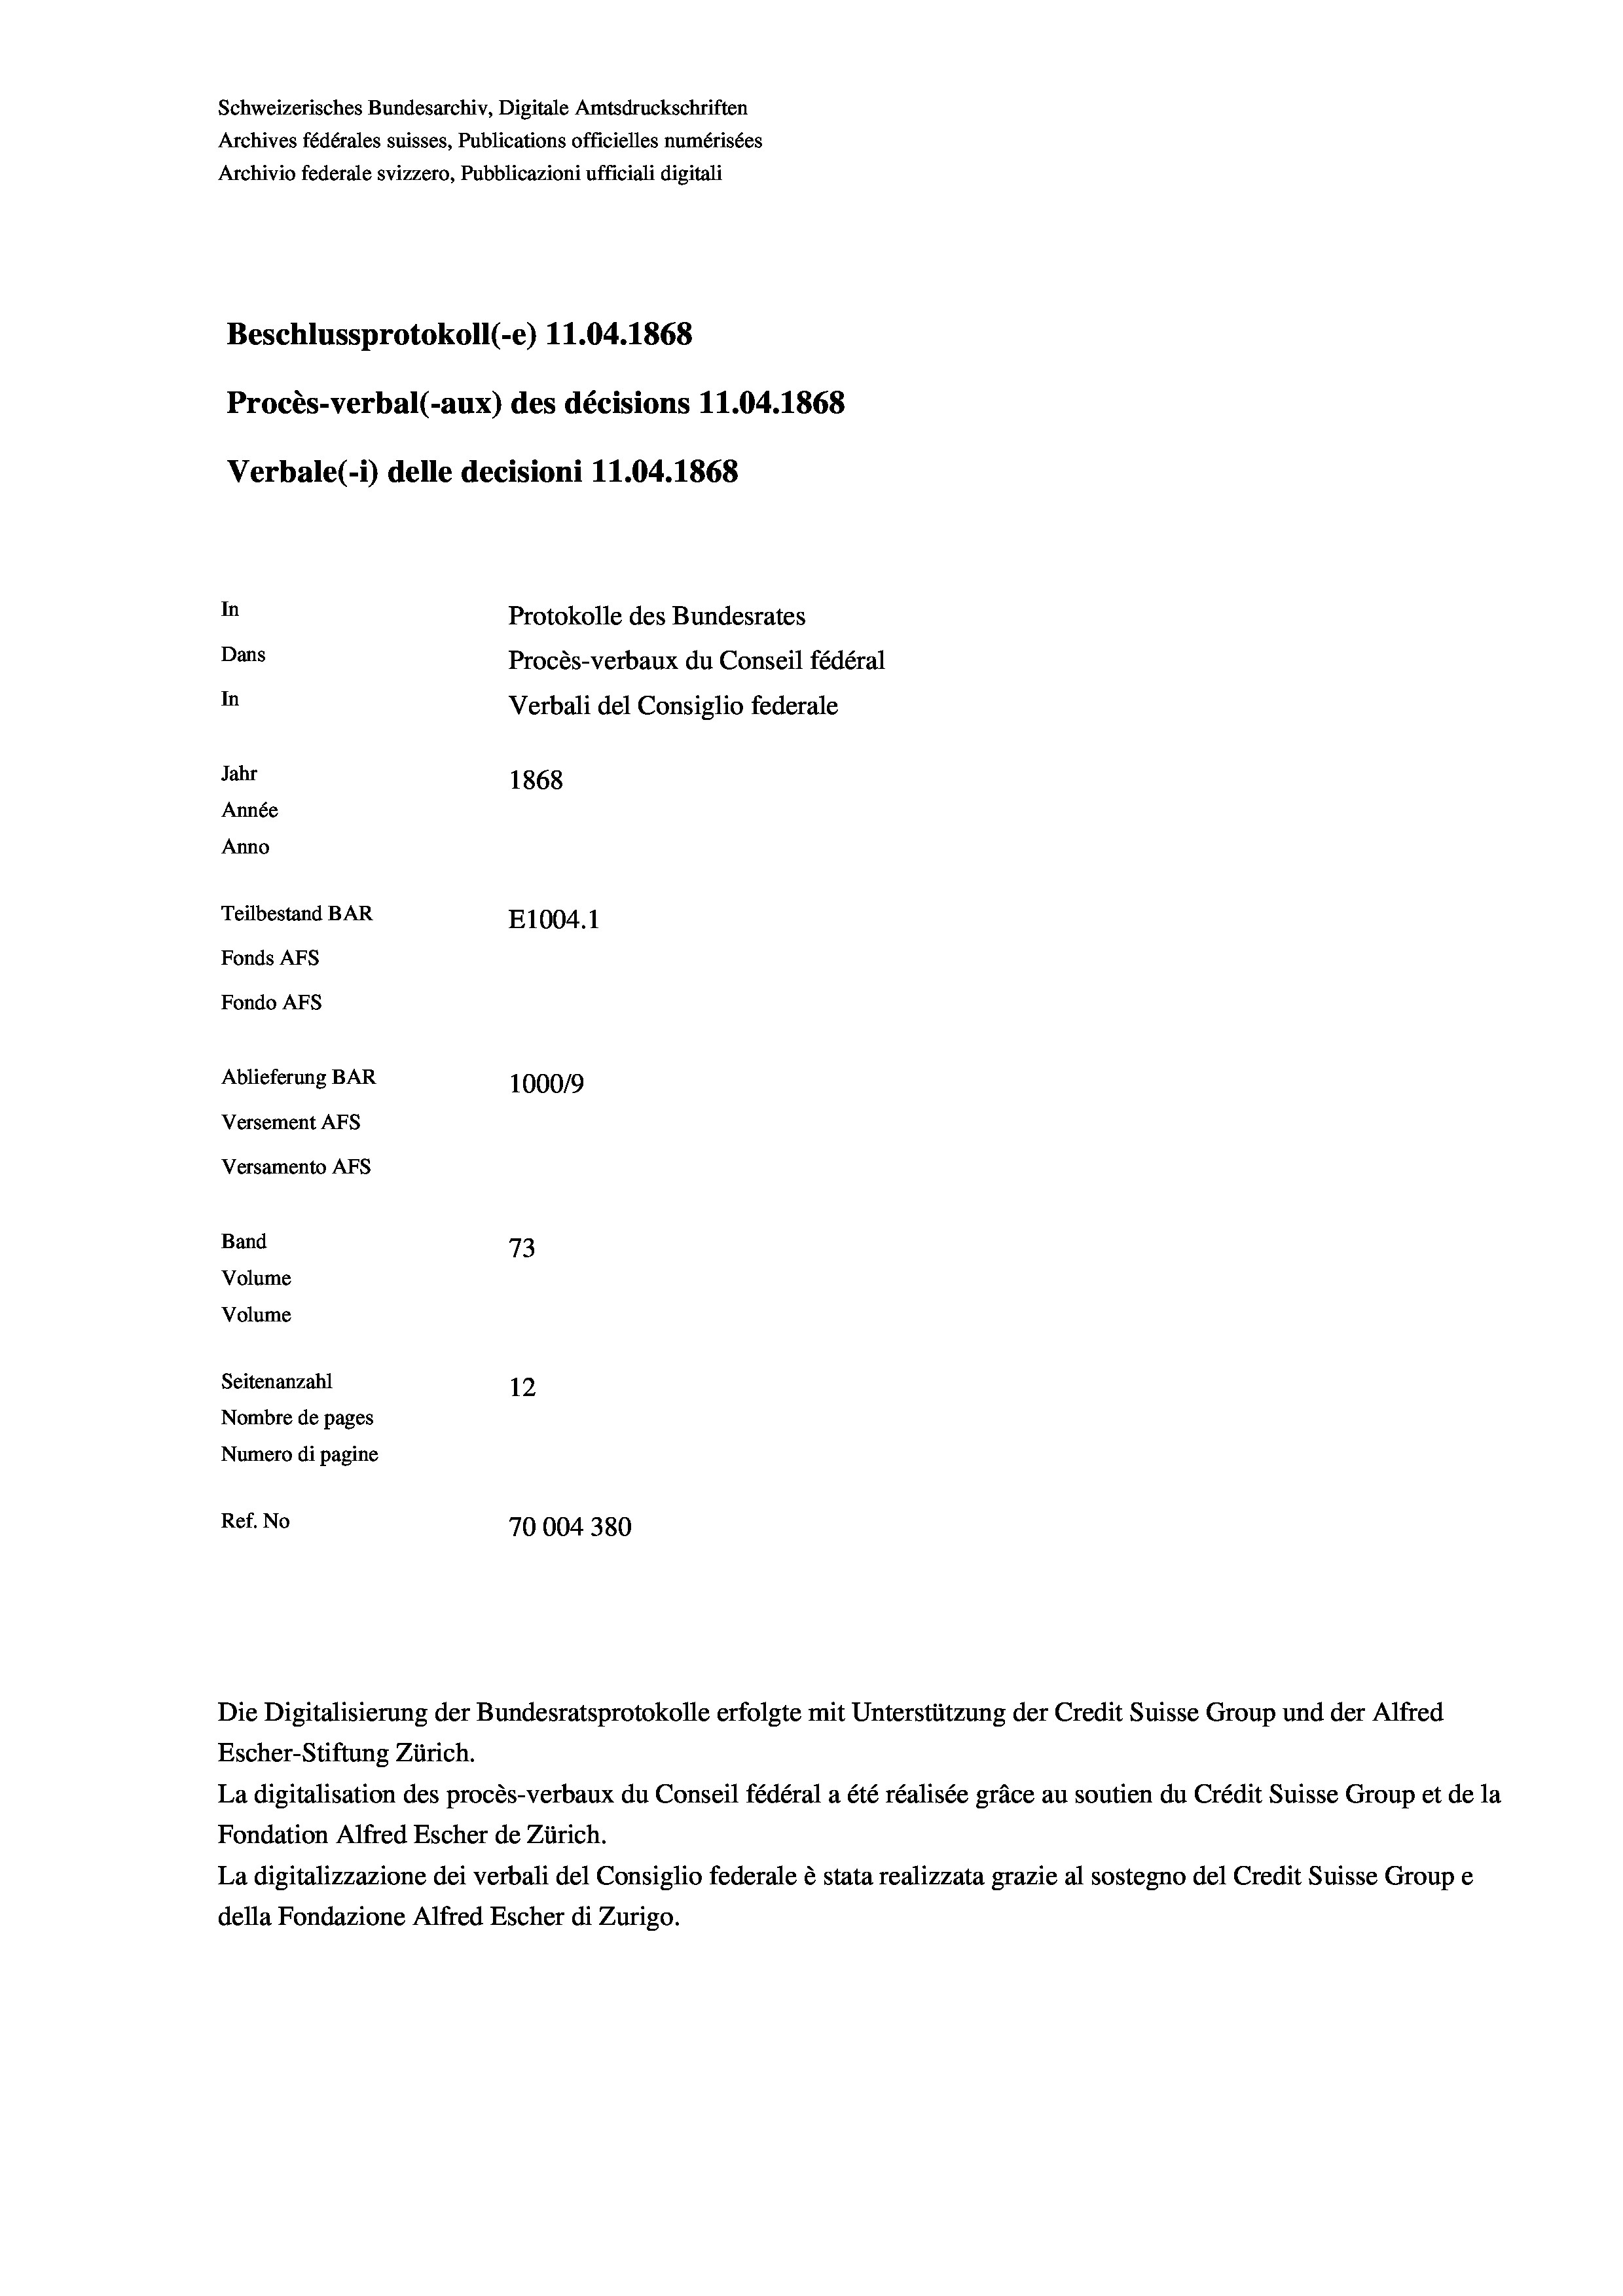
Schweizerisches Bundesarchiv, Digitale Amtsdruckschriften
Archives fédérales suisses, Publications officielles numérisées
Archivio federale svizzero, Pubblicazioni ufficiali digitali
Beschlussprotokoll (-e) 11.04. 1868
Procès-verbal (-aux) des décisions 11.04. 1868
Verbale (-*) delle decisioni 11.04. 1868
In
Protokolle des Bundesrates
Dans
Procès-verbaux du Conseil fédéral
In
Verbali del Consiglio federale
Jahr
1868
Année
Anno
Teilbestand BAR
E1004. 1
Fonds AFs
Fondo AFs
Ablieferung BAR
1000/9
Versement Abs
Versamento Afs
Band
73
Volume
Volume
Seitenanzahl
12

Nombre de pages
Numero di pagine
Ref. No
70004380

Escher-Stiftung Zürich.
La digitalisation des procès-verbaux du Conseil fédéral a été réalisée gräce au soutien du Crédit Suisse Group et de la
Fondation Alfred Escher de Zürich.
La digitalizzazione dei verbali del Consiglio federale è stata realizzata grazie al sostegno del Credit Suisse Groupe
della Fondazione Alfred Escher di Zurigo.

Die Digitalisierung der Bundesratsprotokolle erfolgte mit Unterstützung der Credit Suisse Group und der Alfred